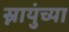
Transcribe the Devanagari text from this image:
स्नायुंच्या